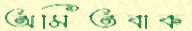
অমিতবাক